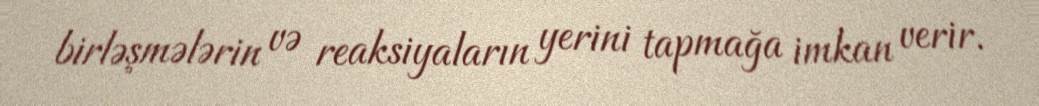
birləşmələrin və reaksiyaların yerini tapmağa imkan verir.